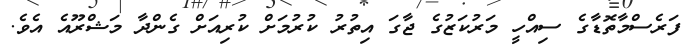
ފަރެސްމާތޮޑާގެ ސިއްހީ މަރުކަޒުގެ ޖާގަ އިތުރު ކުރުމަށް ކުރިއަށް ގެންދާ މަޝްރޫއެ އެވެ.